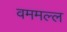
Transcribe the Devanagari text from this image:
वममल्ल